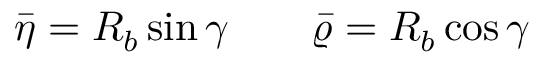
\bar { \eta } = R _ { b } \sin \gamma \quad \quad \bar { \varrho } = R _ { b } \cos \gamma